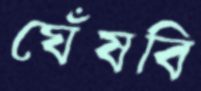
ঘেঁষবি